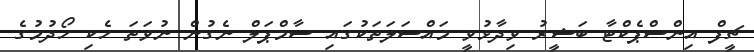
ޗީފް އިންސްޕެކްޓާ ބަޝީރު ވިދާޅުވީ މައްސަލަތަކުގައި ސާމްޕަލް ނެގުން ނުވަތަ ހެކި ހޯދުމުގެ